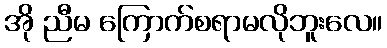
အို ညီမ ကြောက်စရာမလိုဘူးလေ။